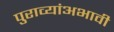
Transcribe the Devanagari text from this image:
पुराव्यांअभावी